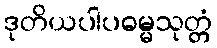
ဒုတိယပါပဓမ္မသုတ္တံ